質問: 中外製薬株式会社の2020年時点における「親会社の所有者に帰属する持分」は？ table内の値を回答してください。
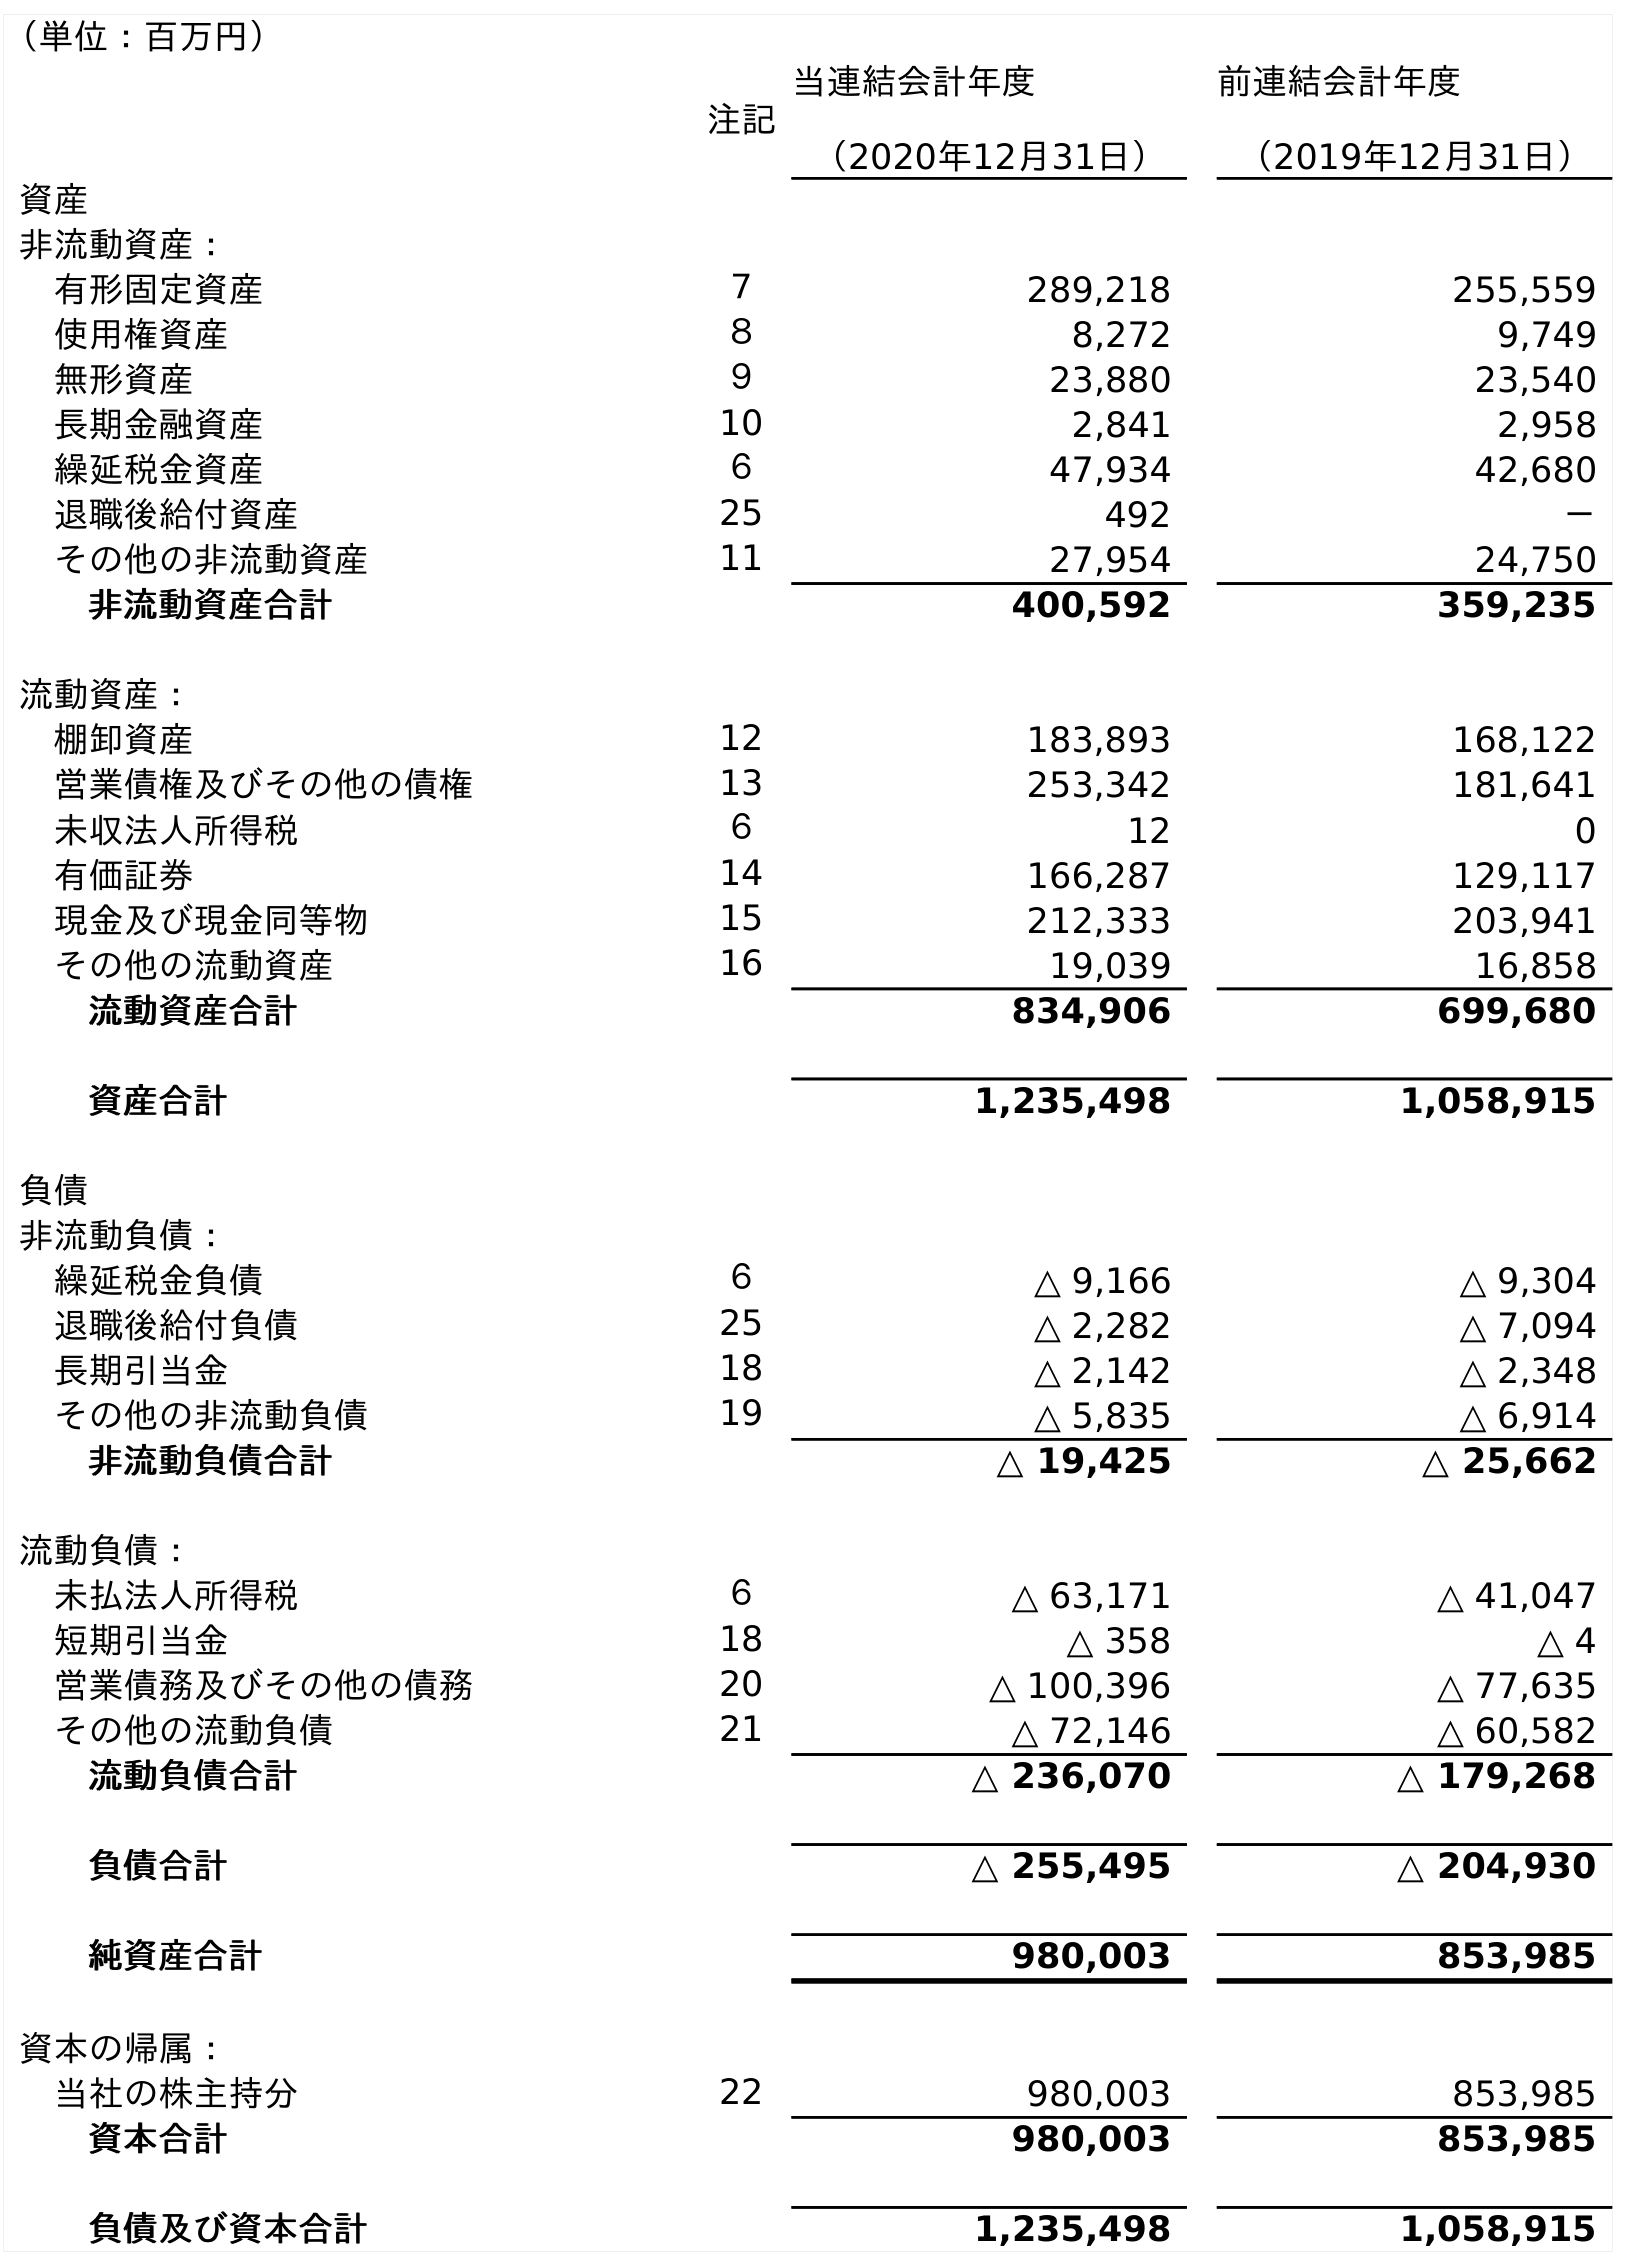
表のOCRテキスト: （単位：百万円） 注記 当連結会計年度 （2020年12月31日） 前連結会計年度 （2019年12月31日） 資産 非流動資産： 有形固定資産 ７ 289,218 255,559 使用権資産 ８ 8,272 9,749 無形資産 ９ 23,880 23,540 長期金融資産 10 2,841 2,958 繰延税金資産 ６ 47,934 42,680 退職後給付資産 25 492 － その他の非流動資産 11 27,954 24,750 非流動資産合計 400,592 359,235 流動資産： 棚卸資産 12 183,893 168,122 営業債権及びその他の債権 13 253,342 181,641 未収法人所得税 ６ 12 0 有価証券 14 166,287 129,117 現金及び現金同等物 15 212,333 203,941 その他の流動資産 16 19,039 16,858 流動資産合計 834,906 699,680 資産合計 1,235,498 1,058,915 負債 非流動負債： 繰延税金負債 ６ △ 9,166 △ 9,304 退職後給付負債 25 △ 2,282 △ 7,094 長期引当金 18 △ 2,142 △ 2,348 その他の非流動負債 19 △ 5,835 △ 6,914 非流動負債合計 △ 19,425 △ 25,662 流動負債： 未払法人所得税 ６ △ 63,171 △ 41,047 短期引当金 18 △ 358 △ 4 営業債務及びその他の債務 20 △ 100,396 △ 77,635 その他の流動負債 21 △ 72,146 △ 60,582 流動負債合計 △ 236,070 △ 179,268 負債合計 △ 255,495 △ 204,930 純資産合計 980,003 853,985 資本の帰属： 当社の株主持分 22 980,003 853,985 資本合計 980,003 853,985 負債及び資本合計 1,235,498 1,058,915
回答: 980,003